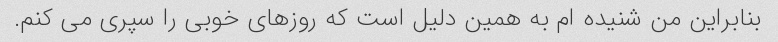
بنابراین من شنیده ام به همین دلیل است که روزهای خوبی را سپری می کنم.